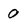
Character: 0